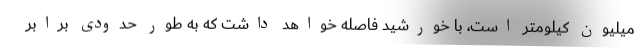
میلیون کیلومتر است، با خورشید فاصله خواهد داشت که به طور حدودی برابر